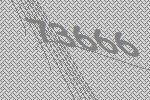
73666